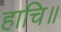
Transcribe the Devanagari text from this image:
हाचि॥